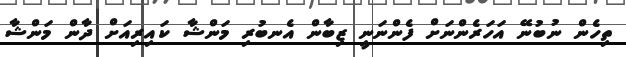
ތިހެން ނުބުނޭ އަހަރެންނަށް ފެންނަނީ ޒިބާން އެނބުރި މަންޝާ ކައިރިއަށް ދާން މަންޝާ